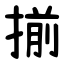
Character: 揃